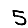
Digit: 5